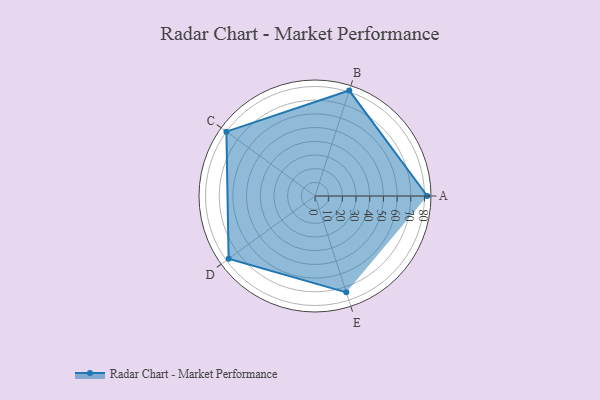
{"axis": {"x": "Skill", "y": "Score"}, "legend": ["Profile"], "data": [{"x": "A", "y": 82.0, "type": "Profile"}, {"x": "B", "y": 81.0, "type": "Profile"}, {"x": "C", "y": 80.0, "type": "Profile"}, {"x": "D", "y": 78.0, "type": "Profile"}, {"x": "E", "y": 74.0, "type": "Profile"}]}